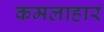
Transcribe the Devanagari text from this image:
कमलाहार